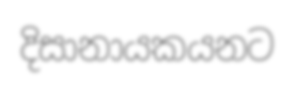
දිසානායකයනට